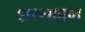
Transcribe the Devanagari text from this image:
शय्याव्रण